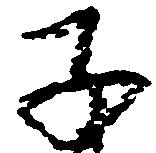
子